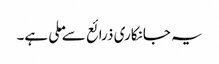
یہ جانکاری ذرائع سے ملی ہے۔